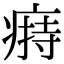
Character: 𤸟